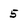
Character: 5